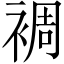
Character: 裯